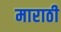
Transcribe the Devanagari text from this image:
माराठी